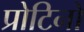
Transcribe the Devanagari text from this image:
प्रोटिनों